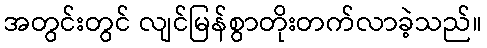
အတွင်းတွင် လျင်မြန်စွာတိုးတက်လာခဲ့သည်။